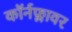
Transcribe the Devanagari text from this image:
कॉर्नफ्लावर